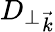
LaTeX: {D_{\perp}}_{\vec{k}}